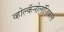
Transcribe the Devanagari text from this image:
व्होल्कॅनोलॉजिकल